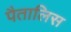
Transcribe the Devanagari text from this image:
पैतालिस